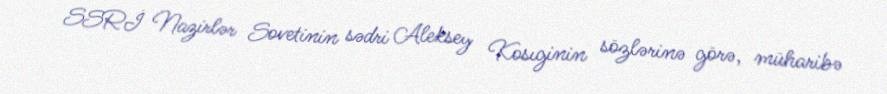
SSRİ Nazirlər Sovetinin sədri Aleksey Kosıginin sözlərinə görə, müharibə